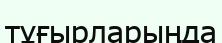
тұғырларыңда